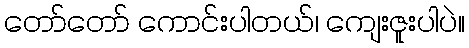
တော်တော် ကောင်းပါတယ်၊ ကျေးဇူးပါပဲ။